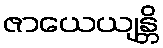
ဇာယေယျန္တိ